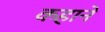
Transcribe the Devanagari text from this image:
कहाने